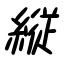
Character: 縦